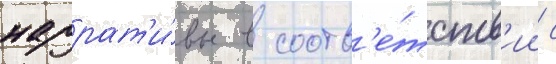
наррат'и́вы в соотв'е́тств'ии с